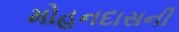
મોહનદાસની